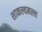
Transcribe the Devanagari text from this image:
शाकल्यमल्ल